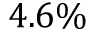
4 . 6 \%